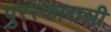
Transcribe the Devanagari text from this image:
पुरस्काराशी